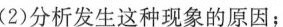
(2)分析发生这种现象的原因;